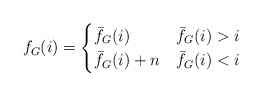
\begin{align*}f_G(i) = \begin{cases}\bar{f}_G(i) & \bar{f}_G(i) > i \\\bar{f}_G(i)+n & \bar{f}_G(i) < i \end{cases}\end{align*}